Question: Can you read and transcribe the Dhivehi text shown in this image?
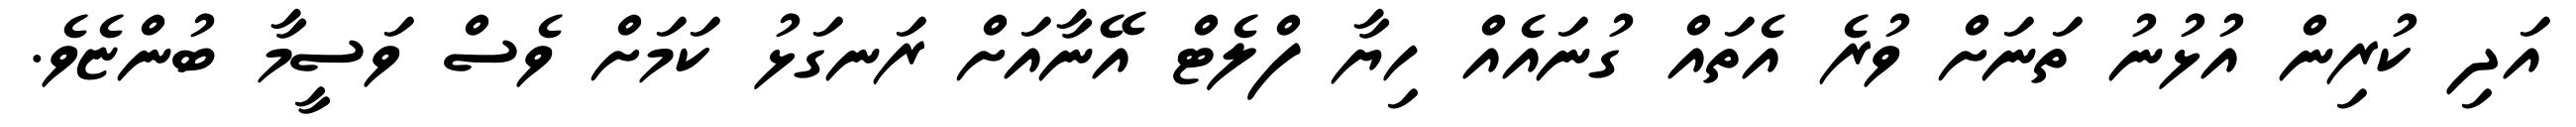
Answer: އަދި ކުރިން އުޅުނު ތަނަށް ވުރެ އެތައް ގުނައެއް ހިޔާ ފްލެޓް އޭނާއަށް ރަނގަޅު ކަމަށް ވެސް ވަސީމާ ބުންޏެވެ.